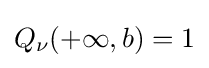
Q_{\nu }(+\infty ,b)=1